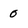
Character: 0